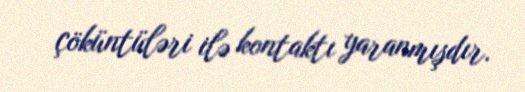
çöküntüləri ilə kontaktı yaranmışdır.